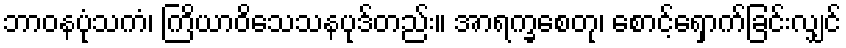
ဘာဝနပုံသကံ၊ ကြိယာဝိသေသနပုဒ်တည်း။ အာရက္ခစေတု၊ စောင့်ရှောက်ခြင်းလျှင်